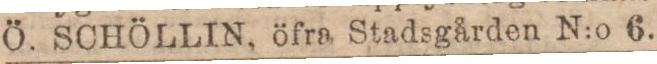
Ö. SCHÖLLIN, öfra Stadsgården N:o 6.